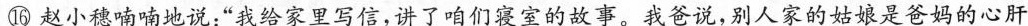
⑯赵小穗喃喃地说:“我给家里写信，讲了咱们寝室的故事。我爸说，别人家的姑娘是爸妈的心肝